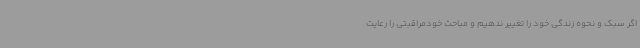
اگر سبک و نحوه زندگی خود را تغییر ندهیم و مباحث خودمراقبتی را رعایت